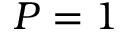
P = 1